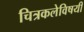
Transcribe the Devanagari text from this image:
चित्रकलेविषयी